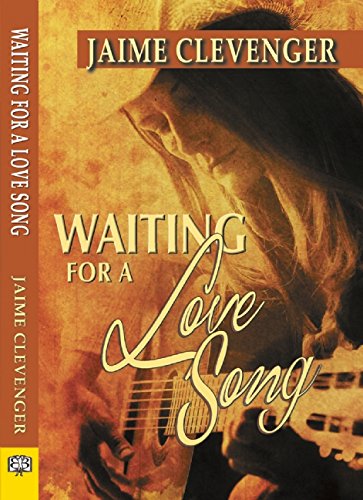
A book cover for Waiting for a Love Song; Jaime Clevenger; Romance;